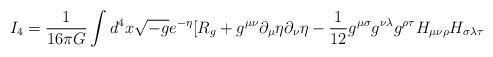
LaTeX: \begin{align*}I_4=\frac{1}{16\pi G}\int d^4x\sqrt{-g}e^{-\eta}[R_g+g^{\mu\nu}\partial_{\mu}\eta\partial_{\nu}\eta-\frac{1}{12}g^{\mu\sigma}g^{\nu\lambda}g^{\rho\tau}H_{\mu\nu\rho}H_{\sigma\lambda\tau}\end{align*}